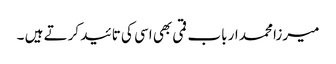
میرزا محمد ارباب قمی بھی اسی کی تائید کرتے ہیں ۔